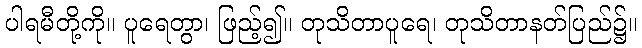
ပါရမီတို့ကို။ ပူရေတွာ၊ ဖြည့်၍။ တုသိတာပူရေ၊ တုသိတာနတ်ပြည်၌။